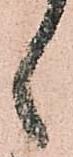
ゝ